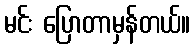
မင်း ပြောတာမှန်တယ်။